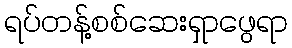
ရပ်တန့်စစ်ဆေးရှာဖွေရာ